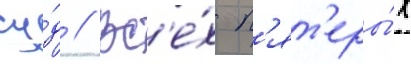
су́д // Вс'е́х п'ят'еры́х